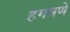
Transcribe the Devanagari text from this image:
हगवणे